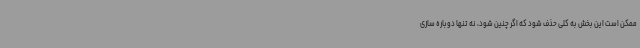
ممکن است این بخش به کلی حذف شود که اگر چنین شود، نه تنها دوباره سازی